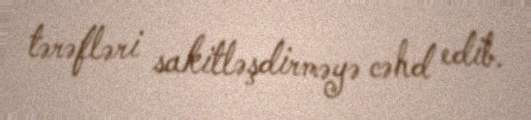
tərəfləri sakitləşdirməyə cəhd edib.